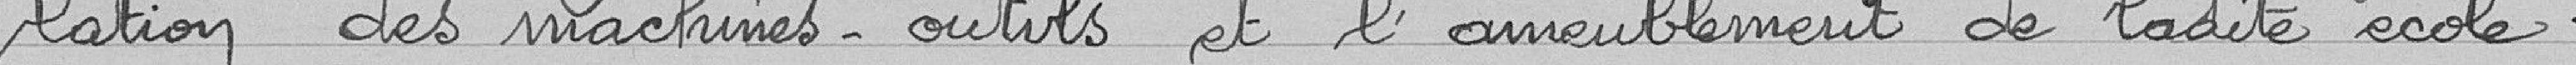
lation des machines-outils et de l'ameublement de ladite école.